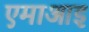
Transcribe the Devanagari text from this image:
एमाआइ